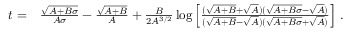
\begin{array} { r l } { t = } & { { } \frac { \sqrt { A + B \sigma } } { A \sigma } - \frac { \sqrt { A + B } } { A } + \frac { B } { 2 A ^ { 3 / 2 } } \log \left[ \frac { ( \sqrt { A + B } + \sqrt { A } ) ( \sqrt { A + B \sigma } - \sqrt { A } ) } { ( \sqrt { A + B } - \sqrt { A } ) ( \sqrt { A + B \sigma } + \sqrt { A } ) } \right] \, . } \end{array}